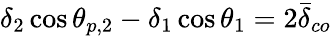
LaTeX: \delta_{2}\cos\theta_{p,2}-\delta_{1}\cos\theta_{1}=2\bar{\delta}_{co}